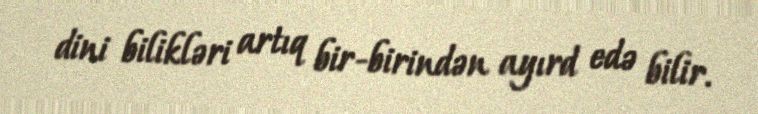
dini bilikləri artıq bir-birindən ayırd edə bilir.